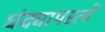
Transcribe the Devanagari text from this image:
धंद्यापरत्वें